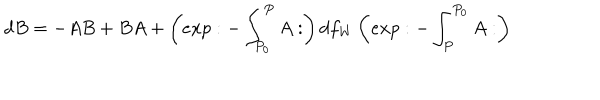
LaTeX: d B = - A B + B A + \left( e x p : - \int _ { P _ { 0 } } ^ { P } A : \right) d f _ { W } \left( e x p : - \int _ { P } ^ { P _ { 0 } } A : \right)